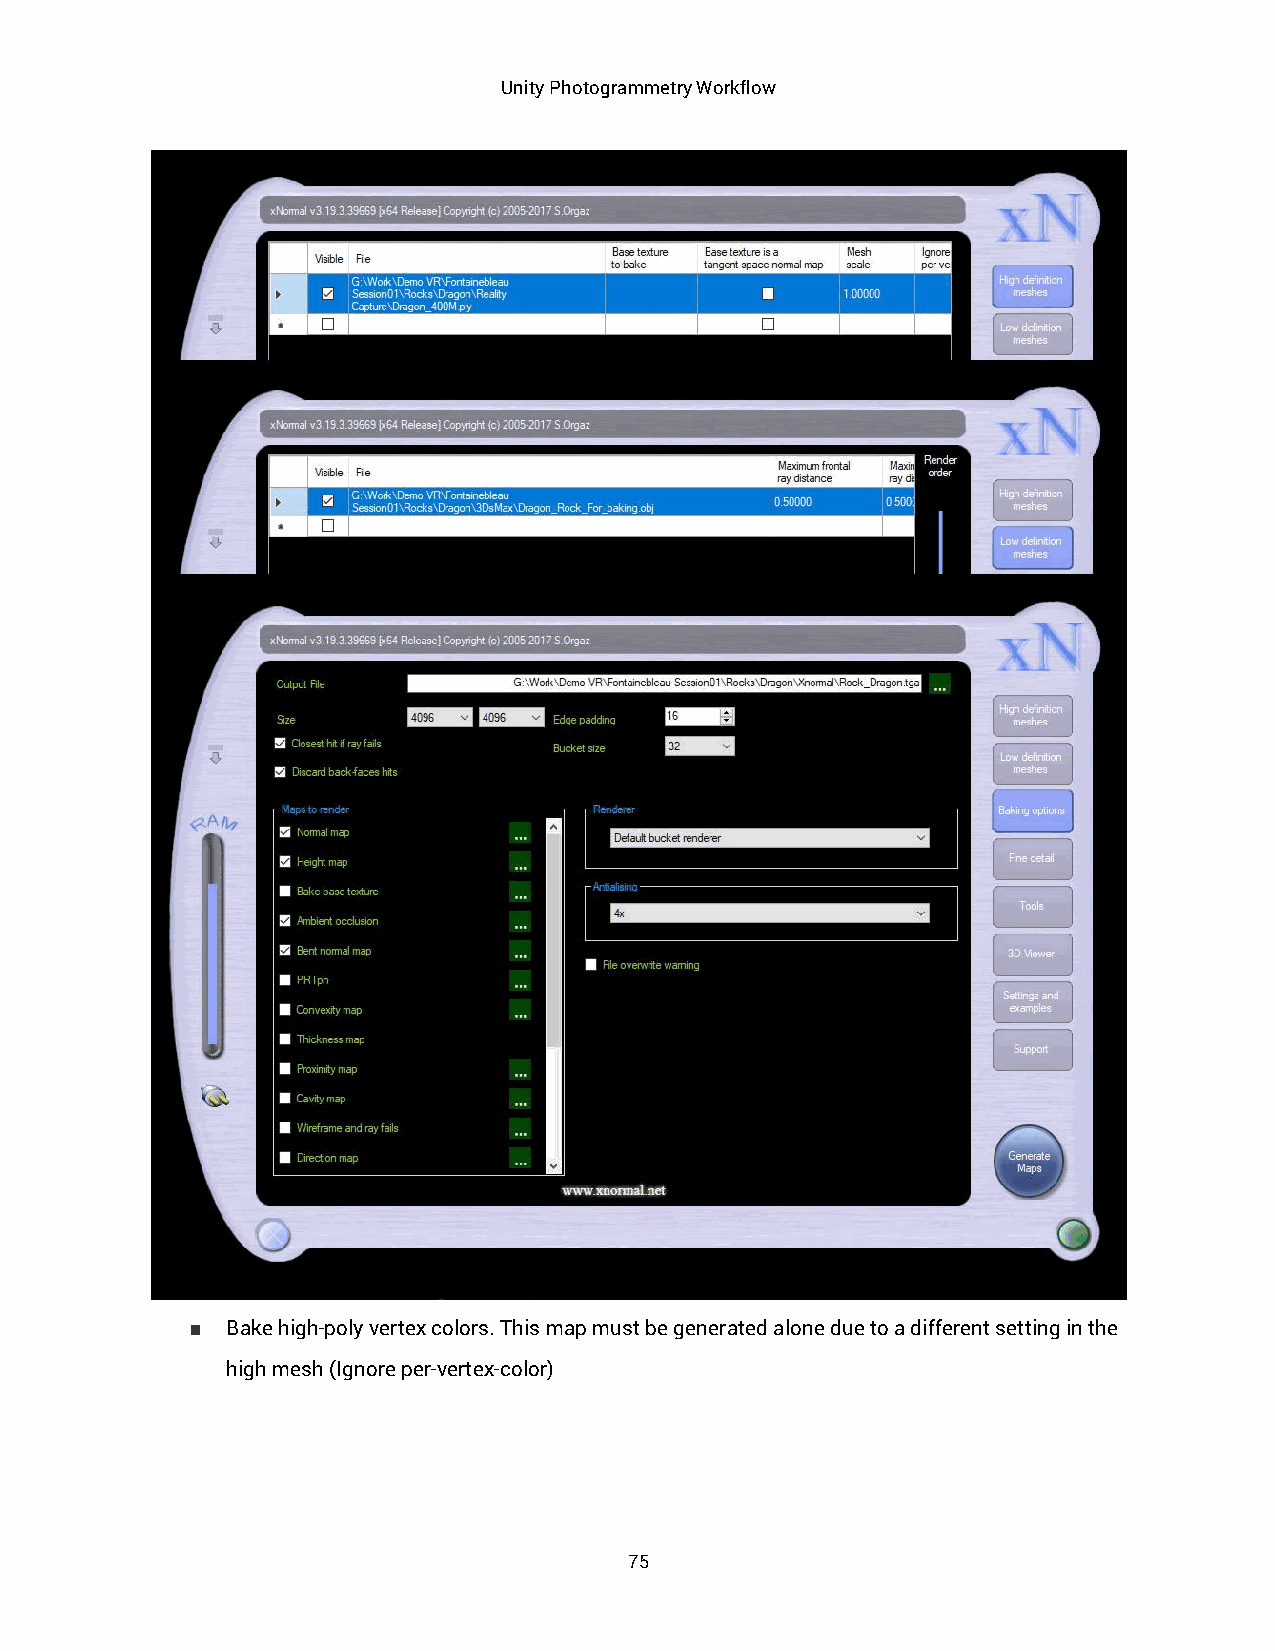
Unity Photogrammetry Workflow
 ■ Bake high-poly vertex colors. This map must be generated alone due to a different setting in the
 high mesh (Ignore per-vertex-color)
 75